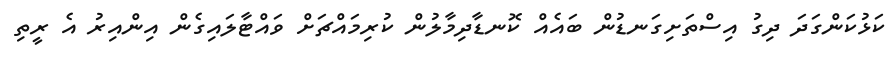
ކަޅުކަންގަދަ ދިގު އިސްތަށިގަނޑުން ބައެއް ކޮނޑާދިމާލުން ކުރިމައްޗަށް ވައްޓާލައިގެން އިންއިރު އެ ރީތި